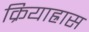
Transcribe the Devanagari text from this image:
क्रियाह्रास